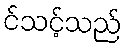
င်သင့်သည်